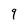
Character: 9